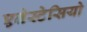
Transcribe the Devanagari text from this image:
एनेस्टेसियो